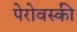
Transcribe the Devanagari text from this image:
पेरोवस्की